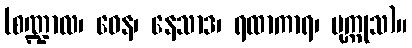
(စဏ္ဍာလ၊ ဝေန၊ နေသာဒ၊ ရထာကာရ၊ ပုက္ကုသ)။